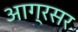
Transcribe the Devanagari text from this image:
आग्रसर